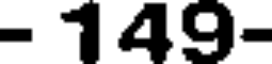
- 149-